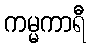
ကမ္မကာရီ